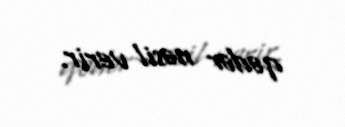
qədər nəsil verir.